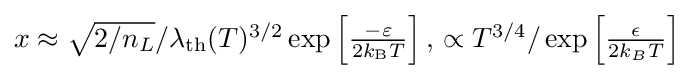
{\textstyle x\approx {\sqrt {2/n_{L}}}/\lambda _{\text{th}}(T)^{3/2}\exp \left[{\frac {-\varepsilon }{2k_{\text{B}}T}}\right],\,\propto T^{3/4}/\exp \left[{\frac {\epsilon }{2k_{B}T}}\right]}